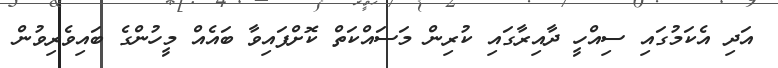
އަދި އެކަމުގައި ސިއްހީ ދާއިރާގައި ކުރިން މަސައްކަތް ކޮށްފައިވާ ބައެއް މީހުންގެ ބައިވެރިވުން